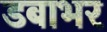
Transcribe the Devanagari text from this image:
डबाभर